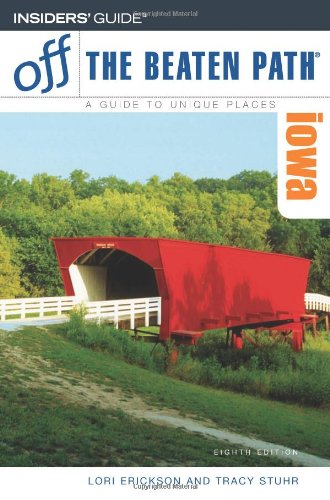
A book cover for Iowa Off the Beaten Path, 8th (Off the Beaten Path Series); Lori Erickson; Travel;